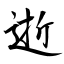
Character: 逝